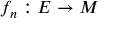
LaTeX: f _ { n } : E \to M